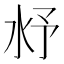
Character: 沀